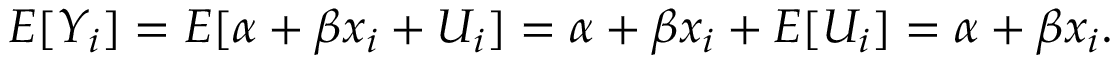
E [ Y _ { i } ] = E [ \alpha + \beta x _ { i } + U _ { i } ] = \alpha + \beta x _ { i } + E [ U _ { i } ] = \alpha + \beta x _ { i } .